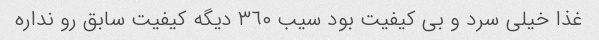
غذا خیلی سرد و بی کیفیت بود سیب ٣٦٠ دیگه کیفیت سابق رو نداره